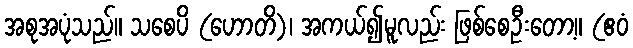
အစုအပုံသည်။ သစေပိ (ဟောတိ)၊ အကယ်၍မူလည်း ဖြစ်စေဦးတော့။ (ဧဝံ